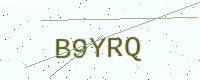
Text: B9YRQ